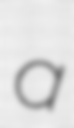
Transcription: a